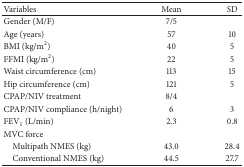
<table><thead><tr><td><b>Variables </b></td><td><b>Mean</b></td><td><b>SD</b></td></tr></thead><tbody><tr><td>Gender (M/F)</td><td>7/5</td><td> </td></tr><tr><td>Age (years)</td><td>57</td><td>10</td></tr><tr><td>BMI (kg/m<sup>2</sup>)</td><td>40</td><td>5</td></tr><tr><td>FFMI (kg/m<sup>2</sup>)</td><td>22</td><td>5</td></tr><tr><td>Waist circumference (cm)</td><td>113</td><td>15</td></tr><tr><td>Hip circumference (cm)</td><td>121</td><td>5</td></tr><tr><td>CPAP/NIV treatment</td><td>8/4</td><td> </td></tr><tr><td>CPAP/NIV compliance (h/night)</td><td>6</td><td>3</td></tr><tr><td>FEV<sub>1</sub> (L/min)</td><td>2.3</td><td>0.8</td></tr><tr><td>MVC force</td><td> </td><td> </td></tr><tr><td> Multipath NMES (kg)</td><td>43.0</td><td>28.4</td></tr><tr><td> Conventional NMES (kg)</td><td>44.5</td><td>27.7</td></tr></tbody></table>